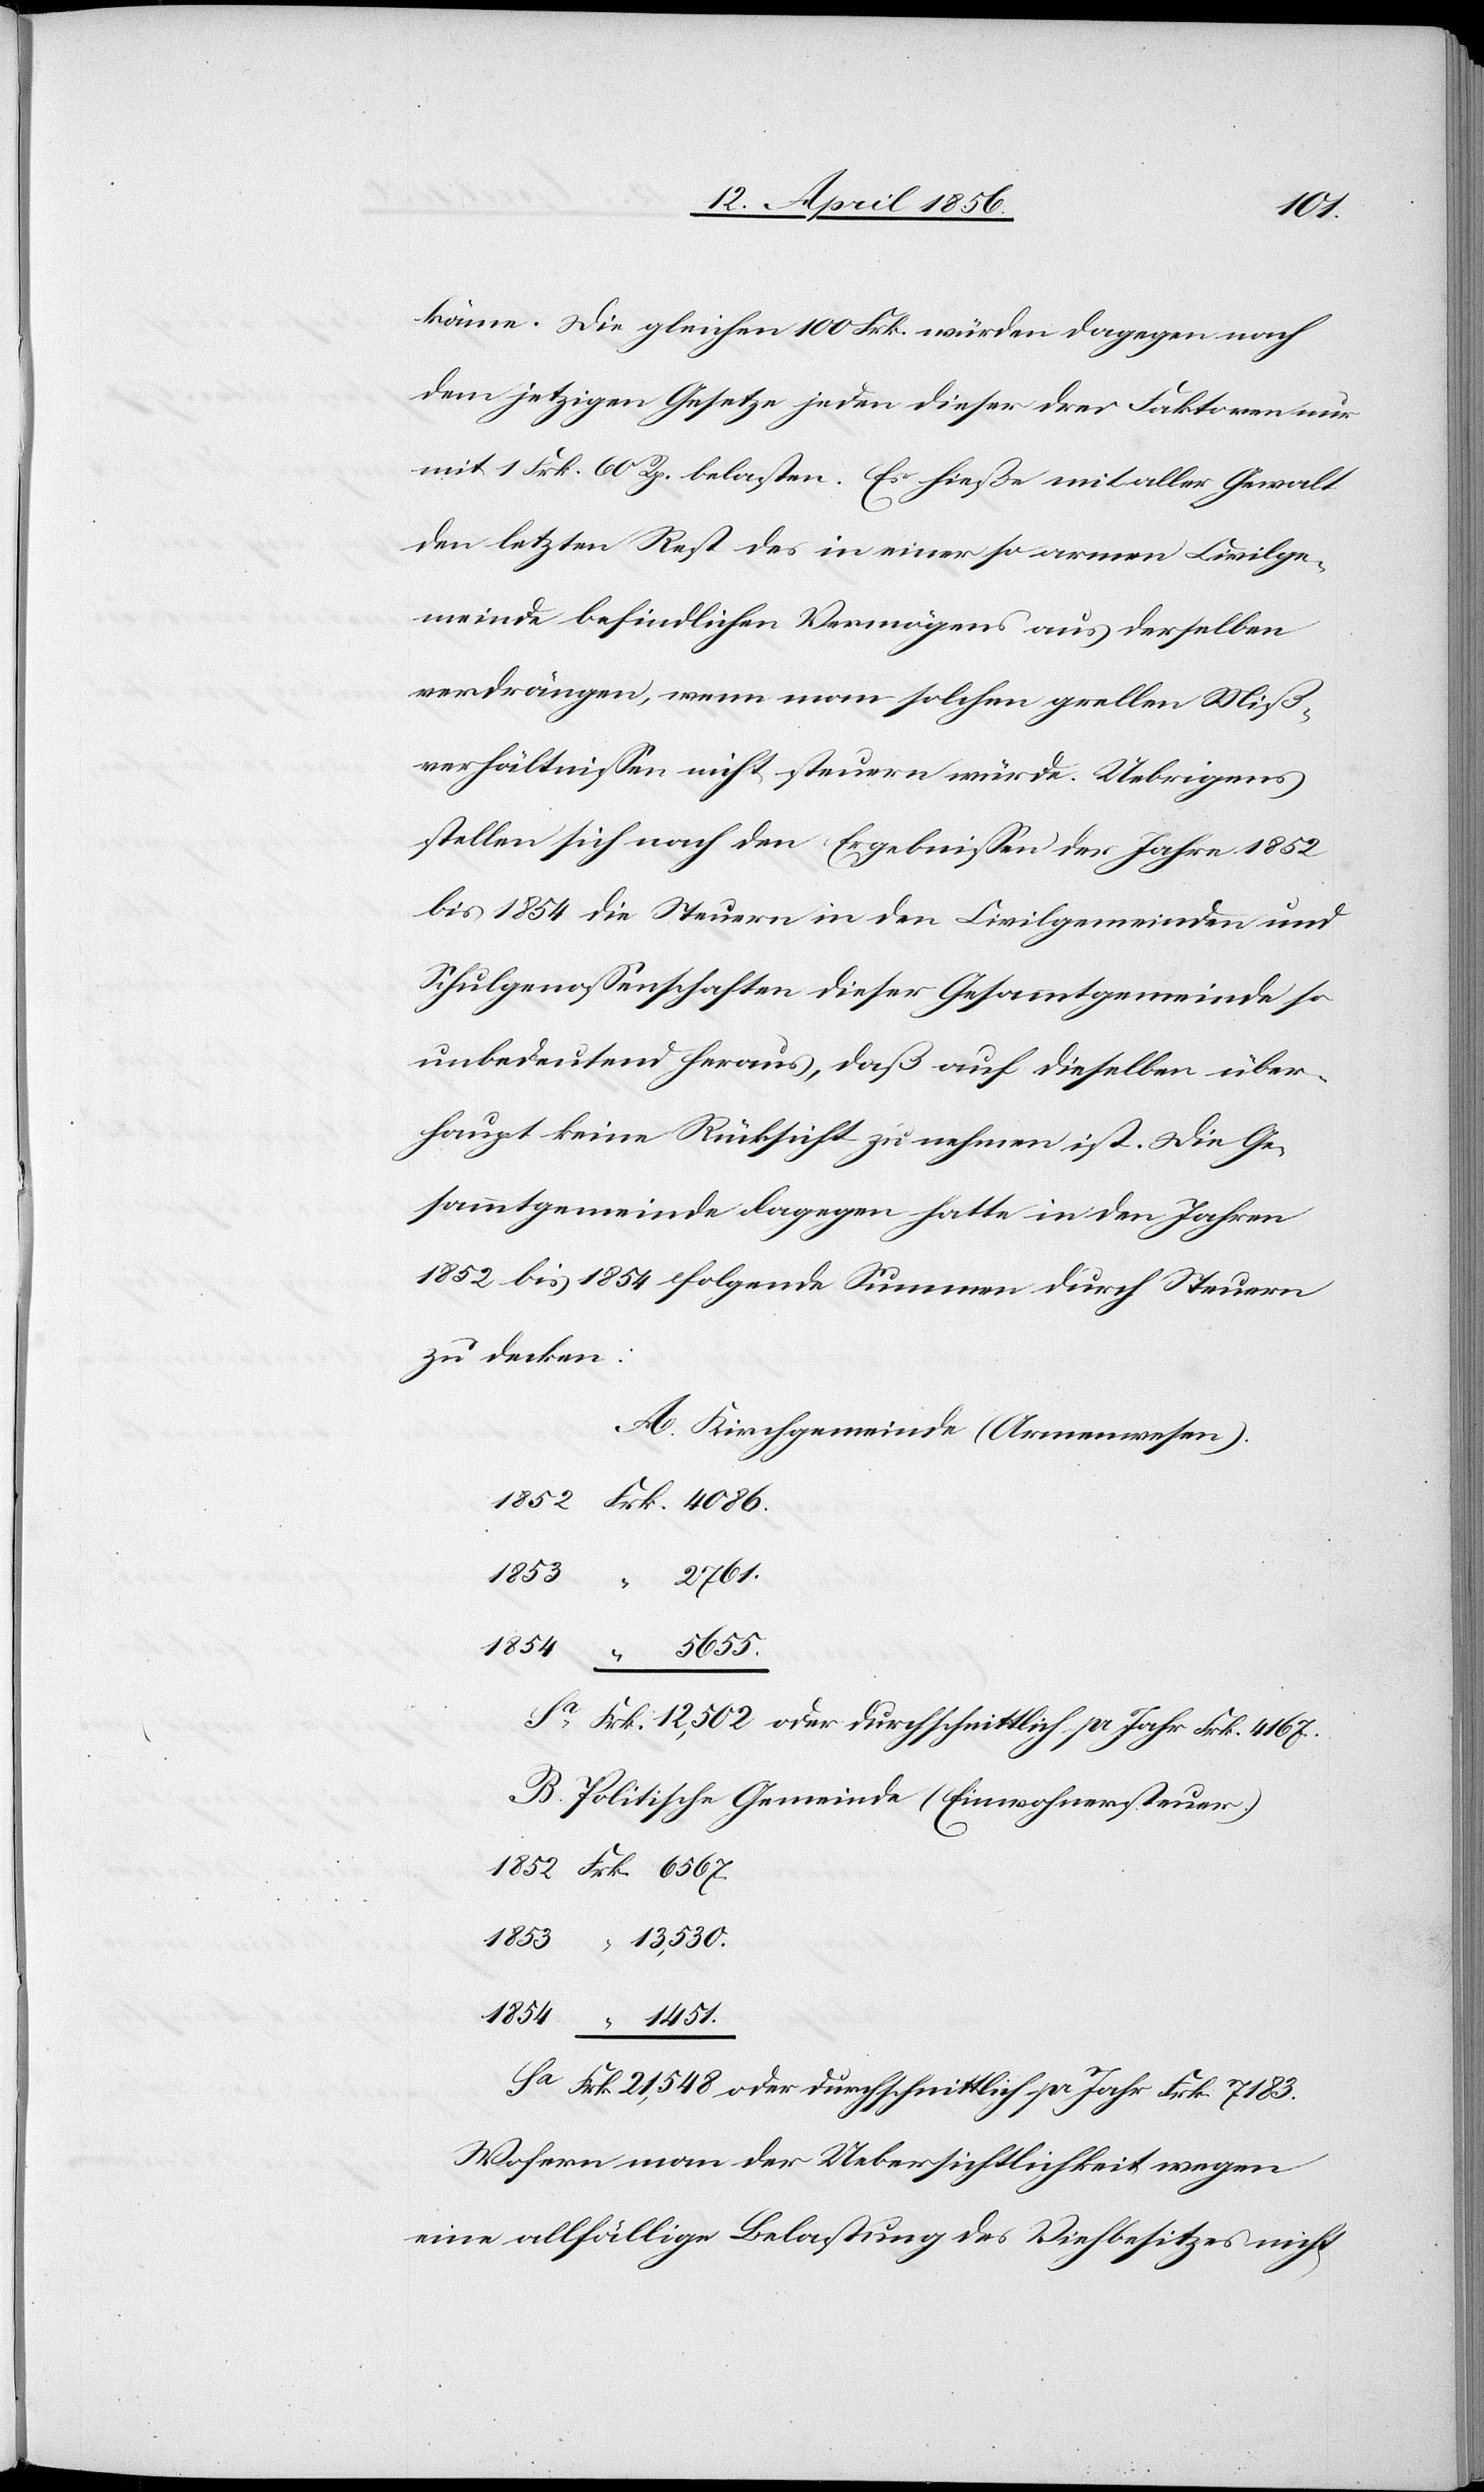
käme. Die gleichen 100 Frk. würden dagegen nach
dem jetzigen Gesetze jeden dieser drei Faktoren nur
mit 1 Frk. 60 Rp. belasten. Es hieße mit aller Gewalt
den letzten Rest des in einer so armen Civilge¬
meinde befindlichen Vermögens aus derselben
verdrängen, wenn man solchen grellen Miß¬
verhältnissen nicht steuern würde. Uebrigens
stellen sich nach den Ergebnissen der Jahre 1852
bis 1854 die Steuern in den Civilgemeinden und
Schulgenossenschaften dieser Gesammtgemeinde so
unbedeutend heraus, daß auf dieselben über¬
haupt keine Rücksicht zu nehmen ist. Die Ge¬
sammtgemeinde dagegen hatte in den Jahren
1852 bis 1854 folgende Summen durch Steuern
zu decken:
A. Kirchgemeinde (Armenwesen).
Sa	Frk.	12,502. oder durchschnittlich pr Jahr Frk. 4167.
B. Politische Gemeinde (Einwohnersteuer.)
Sa	Frk.	21,548 oder durchschnittlich pr Jahr Frk. 7183.
Wofern man der Uebersichtlichkeit wegen
eine allfällige Belastung des Viehbesitzes nicht